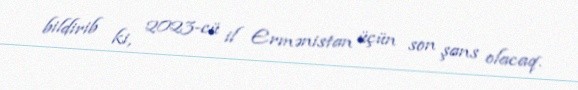
bildirib ki, 2023-cü il Ermənistan üçün son şans olacaq.